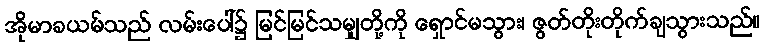
အိုမာခယမ်သည် လမ်းပေါ်၌ မြင်မြင်သမျှတို့ကို ရှောင်မသွား၊ ဇွတ်တိုးတိုက်ချသွားသည်။